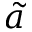
\tilde { a }